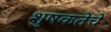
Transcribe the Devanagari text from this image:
शुषकतेचे